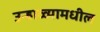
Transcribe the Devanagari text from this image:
उन्हाळ्यामधील